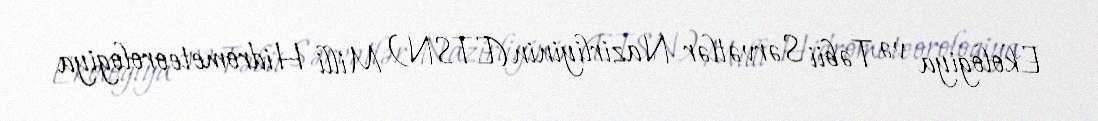
Ekologiya və Təbii Sərvətlər Nazirliyinin (ETSN) Milli Hidrometeorologiya